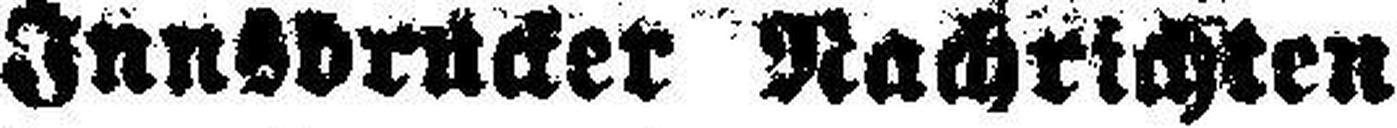
Innsbrucker Nachrichten